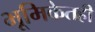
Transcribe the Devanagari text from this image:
भूमिकेतही